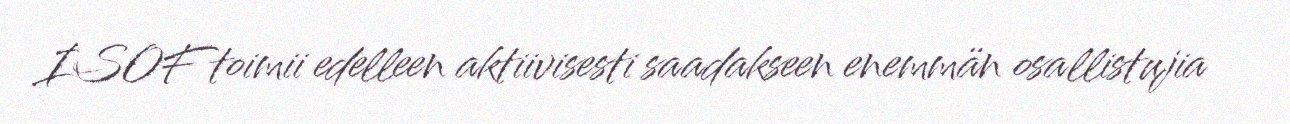
ISOF toimii edelleen aktiivisesti saadakseen enemmän osallistujia